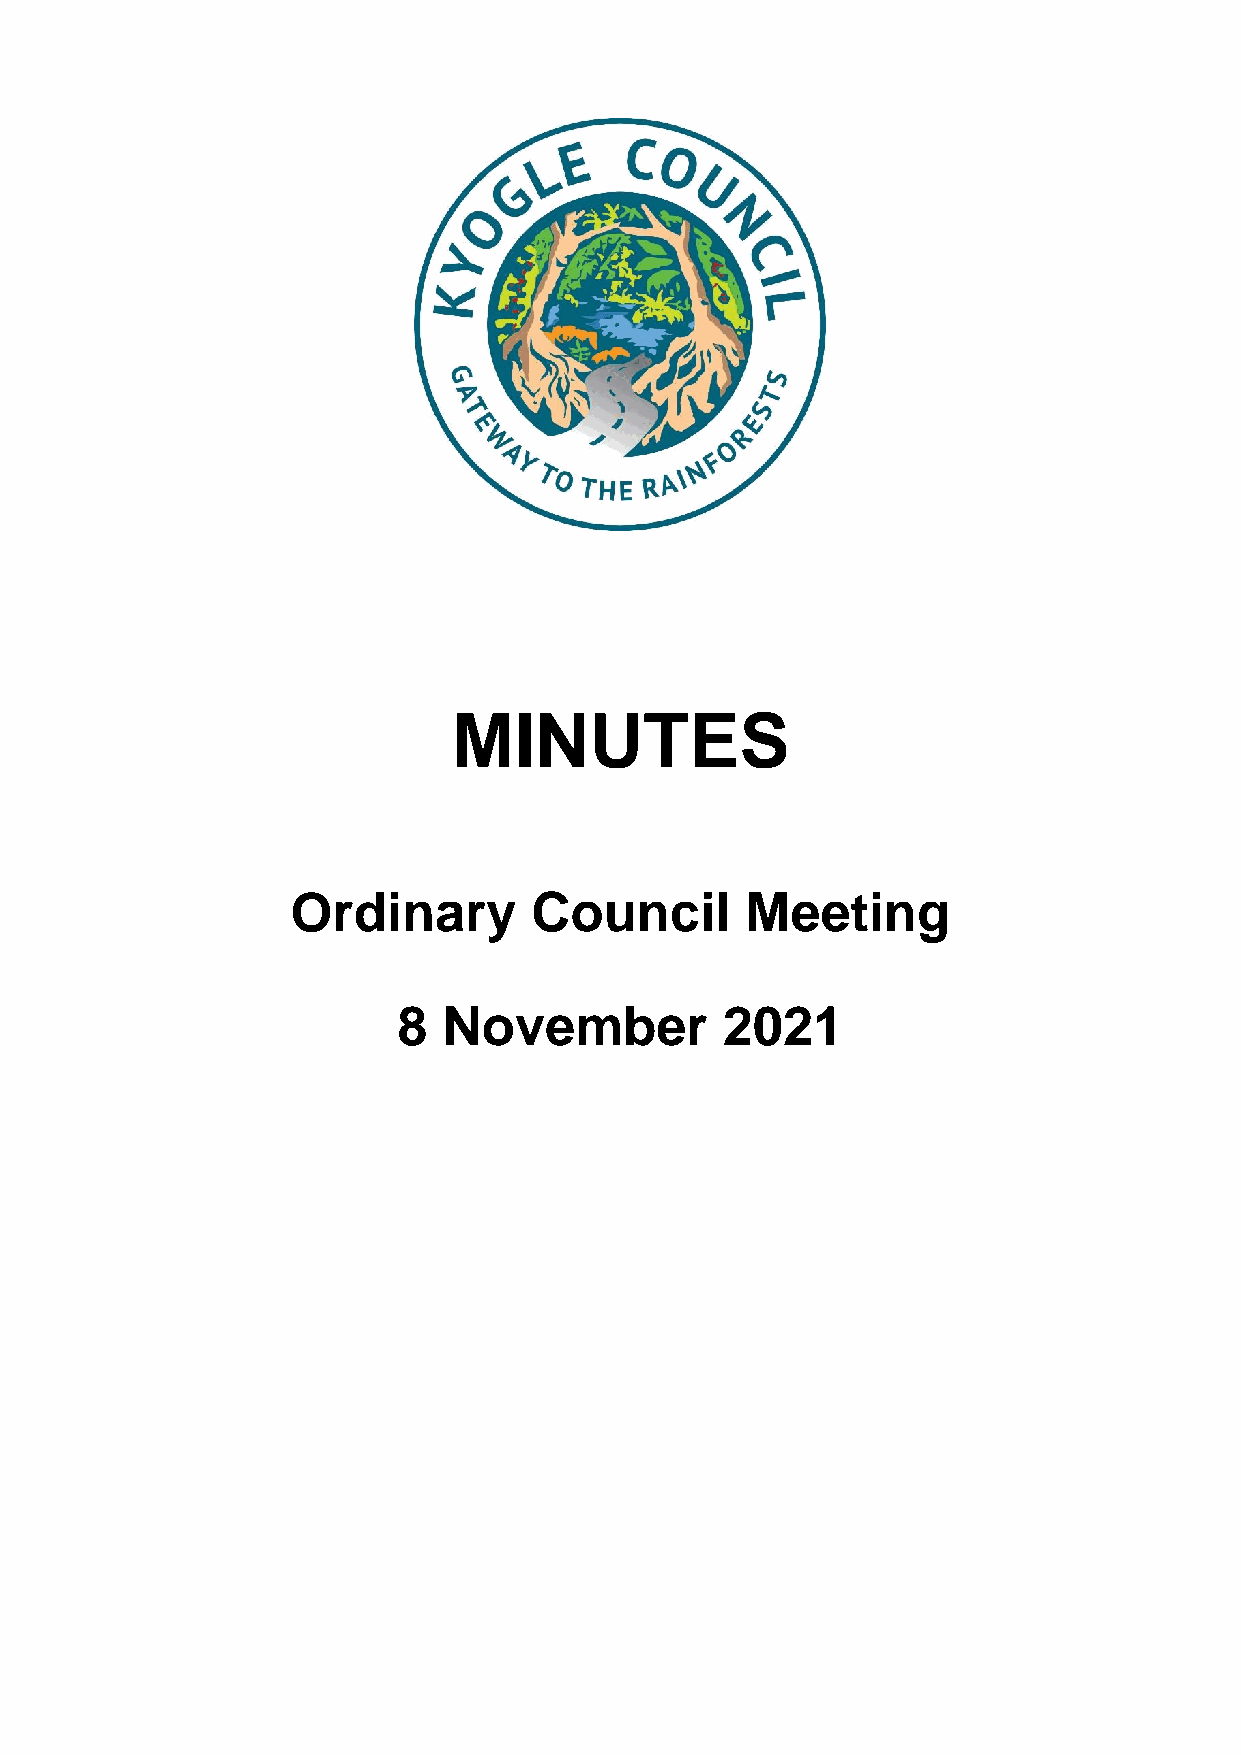
MINUTES
 Ordinary        Council       Meeting
 8  November           2021